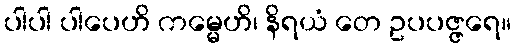
ပါပါ ပါပေဟိ ကမ္မေဟိ၊ နိရယံ တေ ဥပပဇ္ဇရေ။